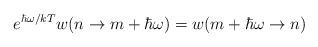
LaTeX: \begin{align*}e^{\hbar\omega/kT}w(n \rightarrow m + \hbar\omega)= w(m + \hbar\omega \rightarrow n)\end{align*}